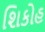
શિકોહ